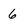
Character: 6